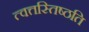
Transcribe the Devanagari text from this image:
त्वत्तस्तिष्ठति